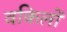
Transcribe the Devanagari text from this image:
वकिलों